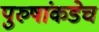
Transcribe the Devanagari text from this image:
पुरुषांकडेच